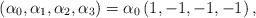
LaTeX: \begin{align*}\left( \alpha_{0},\alpha_{1},\alpha_{2},\alpha_{3}\right) =\alpha_{0}\left(1,-1,-1,-1\right) ,\end{align*}